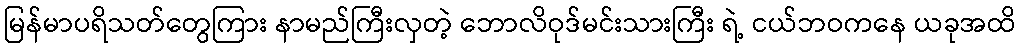
မြန်မာပရိသတ်တွေကြား နာမည်ကြီးလှတဲ့ ဘောလိဝုဒ်မင်းသားကြီး ရဲ့ ငယ်ဘဝကနေ ယခုအထိ